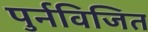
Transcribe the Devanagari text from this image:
पुर्नविजित